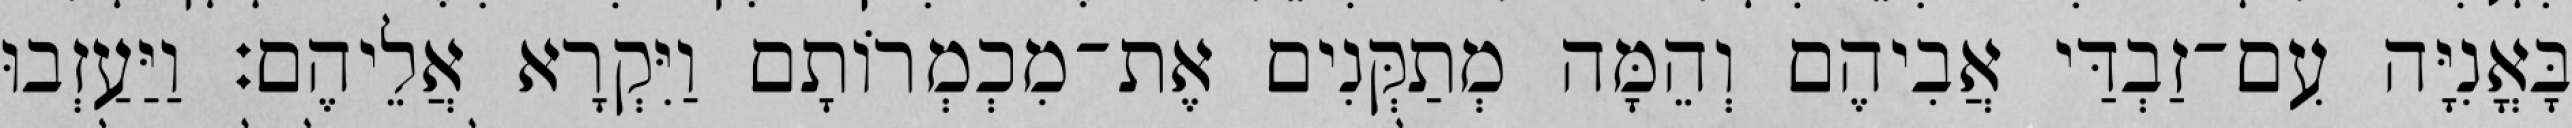
בָּאֳנִיָּה עִם־זַבְדַּי אֲבִיהֶם וְהֵמָּה מְתַקְּנִים אֶת־מִכְמְרוֹתָם וַיִּקְרָא אֲלֵיהֶם׃ וַיַּעַזְבוּ